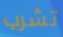
تشرب